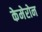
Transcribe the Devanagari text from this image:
केमेरोन